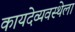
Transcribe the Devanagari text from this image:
कायदेव्यवस्थेला